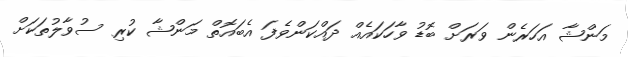
މަންޝާ އަހަރެން ވަރަށް ބޮޑު ވާހަކައެއް ދައްކަންވެފަ އެބައޮތް މަންޝާ ކުރި ސުވާލުތަކަށް